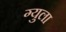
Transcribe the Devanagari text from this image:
ग्युला